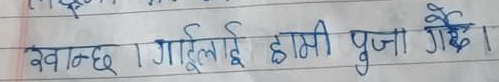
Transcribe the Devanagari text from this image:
खान्छ । गाईलाई हामी पूजा गर्छौं ।